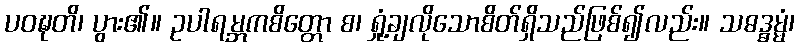
ပဝဍ္ဎတိ၊ ပွား၏။ ဥပါရမ္ဘကစိတ္တော စ၊ ရှုံ့ချလိုသောစိတ်ရှိသည်ဖြစ်၍လည်း။ သဓဒ္ဓမ္မံ၊